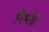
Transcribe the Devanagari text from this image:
डैस्पेरेट